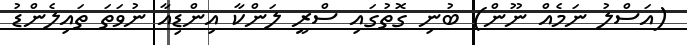
(އަސްލު ނަމެއް ނޫން) ބުނި ގޮތުގައި ސްރީ ލަންކާ އިންޑިއާ ނުވަތަ ތައިލެންޑު